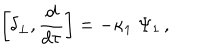
\left[ \delta _ { \perp } , { \frac { d } { d \tau } } \right] = - \kappa _ { 1 } \; \Psi _ { 1 } \, ,